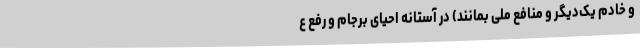
و خادم یک‌دیگر و منافع ملی بمانند) در آستانهٔ احیای برجام و رفع ع